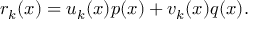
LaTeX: r _ { k } ( x ) = u _ { k } ( x ) p ( x ) + v _ { k } ( x ) q ( x ) .